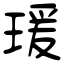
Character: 瑗